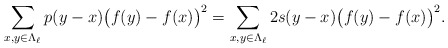
\begin{align*}\sum_{x,y \in \Lambda_\ell} p(y-x) \big(f(y)-f(x)\big)^2=\sum_{x,y \in \Lambda_\ell}2s(y-x)\big( f(y) -f(x) \big)^2.\end{align*}